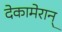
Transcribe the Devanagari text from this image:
देकामेरान्